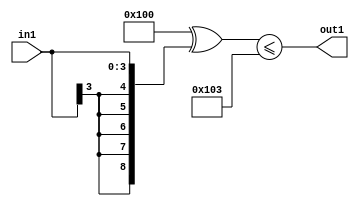
`timescale 1ps / 1ps
/*****************************************************************************
    Verilog RTL Description
    
    
    Created by: CellMath Designer 2019.1.01 
*******************************************************************************/

module DFT_compute_LessThanEQ_1U_15_4 (
	in1,
	out1
	); /* architecture "behavioural" */ 
input [3:0] in1;
output  out1;
wire  asc001;

assign asc001 = ((9'B100000000 ^ {{5{in1[3]}}, in1})<=(9'B100000000 ^ 9'B000000011));

assign out1 = asc001;
endmodule

/* CADENCE  ubP0Sw0= : u9/ySgnWtBlWxVPRXgAZ4Og= ** DO NOT EDIT THIS LINE ******/